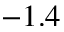
- 1 . 4